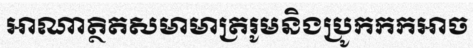
អាណាត្ថិតសមាមាត្ររូមនិងប្រូកកកអាច